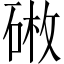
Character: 𪿥